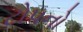
ટોપનો